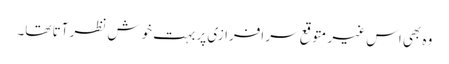
وہ بھی اس غیر متوقع سر افرازی پر بہت خوش نظر آتا تھا۔